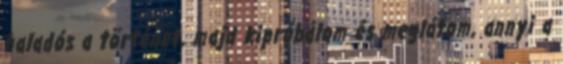
haladós a történet, majd kipróbálom és meglátom, annyi a